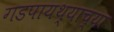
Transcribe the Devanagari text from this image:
गडपायथ्याच्या